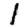
Digit: 1